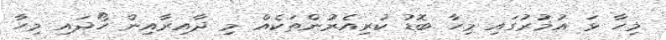
މިހާ ޅަ އުމުރުގައި މިހާ ބޮޑު ކުރިއެރުންތަކެއް މި ދާއިރާއިން ހޯދައި މިހާ